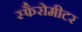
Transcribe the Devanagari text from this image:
स्फैरोमीटर